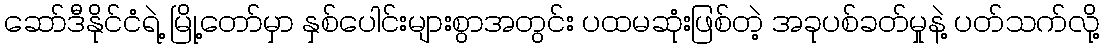
ဆော်ဒီနိုင်ငံရဲ့ မြို့တော်မှာ နှစ်ပေါင်းများစွာအတွင်း ပထမဆုံးဖြစ်တဲ့ အခုပစ်ခတ်မှုနဲ့ ပတ်သက်လို့